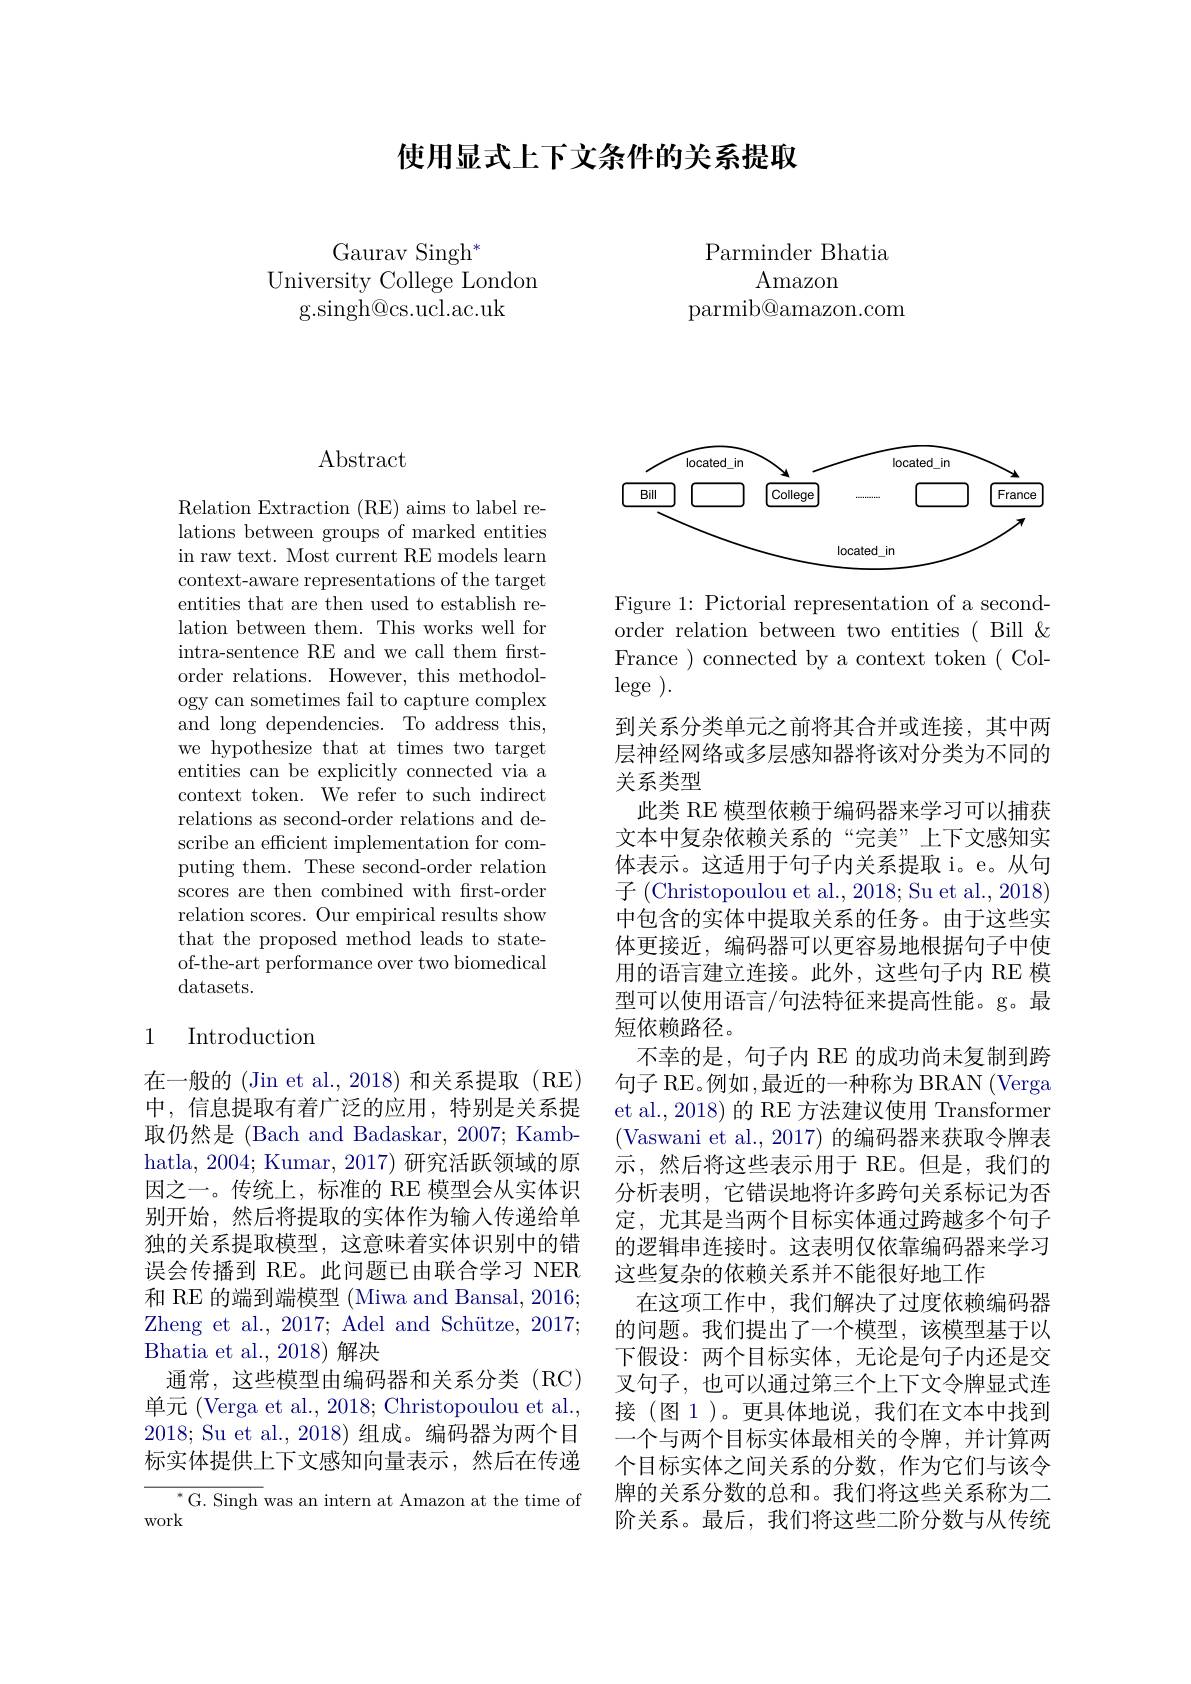
使用显式上下文条件的关系提取

Gaurav Singh$^*$
University College London
g. singh@ cs. ucl. ac. uk

Parminder Bhatia
Amazon
parmib@amazon.com

## $\operatorname{Abstract}$

Relation Extraction (RE) aims to label relations between groups of marked entities in raw text. Most current RE models learn context-aware representations of the target entities that are then used to establish relation between them. This works well for intra-sentence RE and we call them frstorder relations. However, this methodology can sometimes fail to capture complex and long dependencies. To address this, we hypothesize that at times two target entities can be explicitly connected via a context token. We refer to such indirect relations as second-order relations and describe an efficient implementation for computing them. These second-order relation scores are then combined with frst-order relation scores. Our empirical results show that the proposed method leads to stateof-the-art performance over two biomedical datasets.

## 1 Introduction

在一般的 (Jin et al.,2018)和关系提取(RE) 中，信息提取有着广泛的应用，特别是关系提取仍然是 (Bach and Badaskar, 2007; Kambhatla, 2004; Kumar, 2017) 研究活跃领域的原因之一。传统上，标准的 RE 模型会从实体识别开始，然后将提取的实体作为输入传递给单独的关系提取模型，这意味着实体识别中的错误会传播到 RE。此问题已由联合学习 NER 和 RE 的端到端模型 (Miwa and Bansal, 2016; Zheng et al., 2017; Adel and Schütze, 2017; Bhatia et al., 2018)解决
通常，这些模型由编码器和关系分类(RC) 单元 (Verga et al., 2018; Christopoulou et al., 2018; Su et al., 2018) 组成。编码器为两个目标实体提供上下文感知向量表示，然后在传递

${^*\text{G. Singh }}$was an intern at Amazon at the time of
work

<FigureHere>

Figure 1: Pictorial representation of a secondorder relation between two entities ( Bill & France ) connected by a context token ( Col- $\operatorname { lege}$ ).
到关系分类单元之前将其合并或连接，其中两层神经网络或多层感知器将该对分类为不同的关系类型
此类 RE 模型依赖于编码器来学习可以捕获文本中复杂依赖关系的“完美”上下文感知实体表示。这适用于句子内关系提取 i。e。从句子 ( Christopoulou et al. , 2018; Su et al. , 2018) 中包含的实体中提取关系的任务。由于这些实体更接近，编码器可以更容易地根据句子中使用的语言建立连接。此外，这些句子内 RE 模型可以使用语言/句法特征来提高性能。g。最短依赖路径。
不幸的是，句子内 RE 的成功尚未复制到跨句子 RE。例如 ,最近的一种称为 BRAN (Verga et al., 2018) 的 RE 方法建议使用 Transformer (Vaswani et al., 2017) 的编码器来获取令牌表示，然后将这些表示用于 RE。但是，我们的分析表明，它错误地将许多跨句关系标记为否定，尤其是当两个目标实体通过跨越多个句子的逻辑串连接时。这表明仅依靠编码器来学习这些复杂的依赖关系并不能很好地工作
在这项工作中，我们解决了过度依赖编码器的问题。我们提出了一个模型，该模型基于以下假设：两个目标实体，无论是句子内还是交叉句子，也可以通过第三个上下文令牌显式连接(图 1)。更具体地说，我们在文本中找到一个与两个目标实体最相关的令牌，并计算两个目标实体之间关系的分数，作为它们与该令牌的关系分数的总和。我们将这些关系称为二阶关系。最后，我们将这些二阶分数与从传统